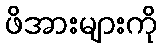
ဖိအားများကို